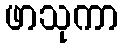
ဖာသုကာ